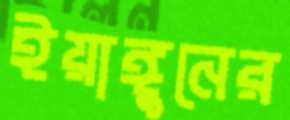
ইয়াঙ্গুনের